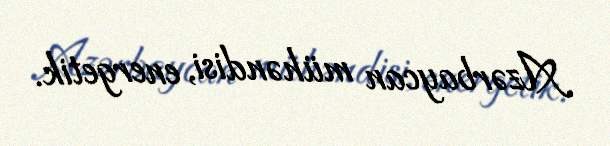
Azərbaycan mühəndisi, energetik.